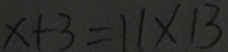
x + 3 = 1 1 \times 1 3